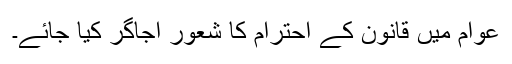
عوام میں قانون کے احترام کا شعور اجاگر کیا جائے۔